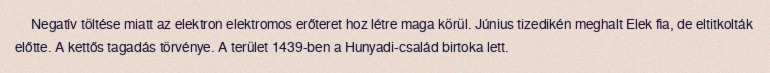
Negatív töltése miatt az elektron elektromos erőteret hoz létre maga körül. Június tizedikén meghalt Elek fia, de eltitkolták előtte. A kettős tagadás törvénye. A terület 1439-ben a Hunyadi-család birtoka lett.